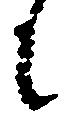
に